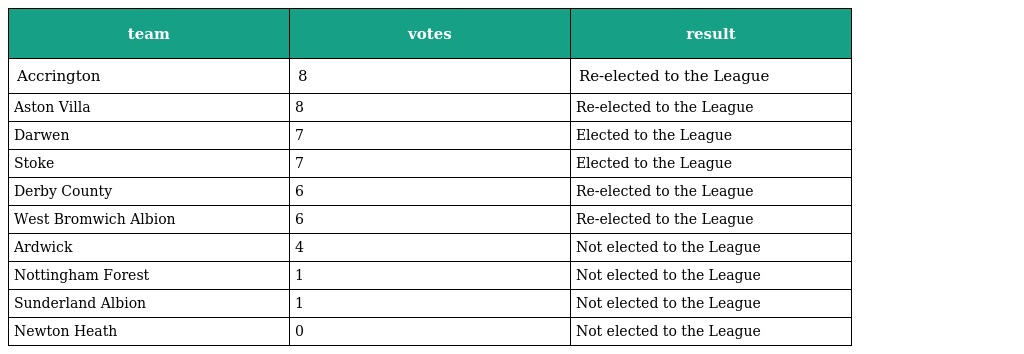
| team | votes | result |
 | --- | --- | --- |
 | Accrington | 8 | Re-elected to the League |
 | Aston Villa | 8 | Re-elected to the League |
 | Darwen | 7 | Elected to the League |
 | Stoke | 7 | Elected to the League |
 | Derby County | 6 | Re-elected to the League |
 | West Bromwich Albion | 6 | Re-elected to the League |
 | Ardwick | 4 | Not elected to the League |
 | Nottingham Forest | 1 | Not elected to the League |
 | Sunderland Albion | 1 | Not elected to the League |
 | Newton Heath | 0 | Not elected to the League |